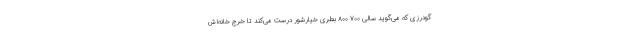
گودرزی که می‌گوید سالی ۷۰۰ ۸۰۰ بطری خیارشور درست می‌کند تا خرج خانه‌اش